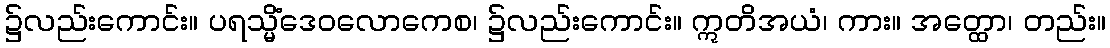
၌လည်းကောင်း။ ပရသ္မိံဒေဝလောကေစ၊ ၌လည်းကောင်း။ ဣတိအယံ၊ ကား။ အတ္ထော၊ တည်း။